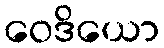
ဝေဒိယော